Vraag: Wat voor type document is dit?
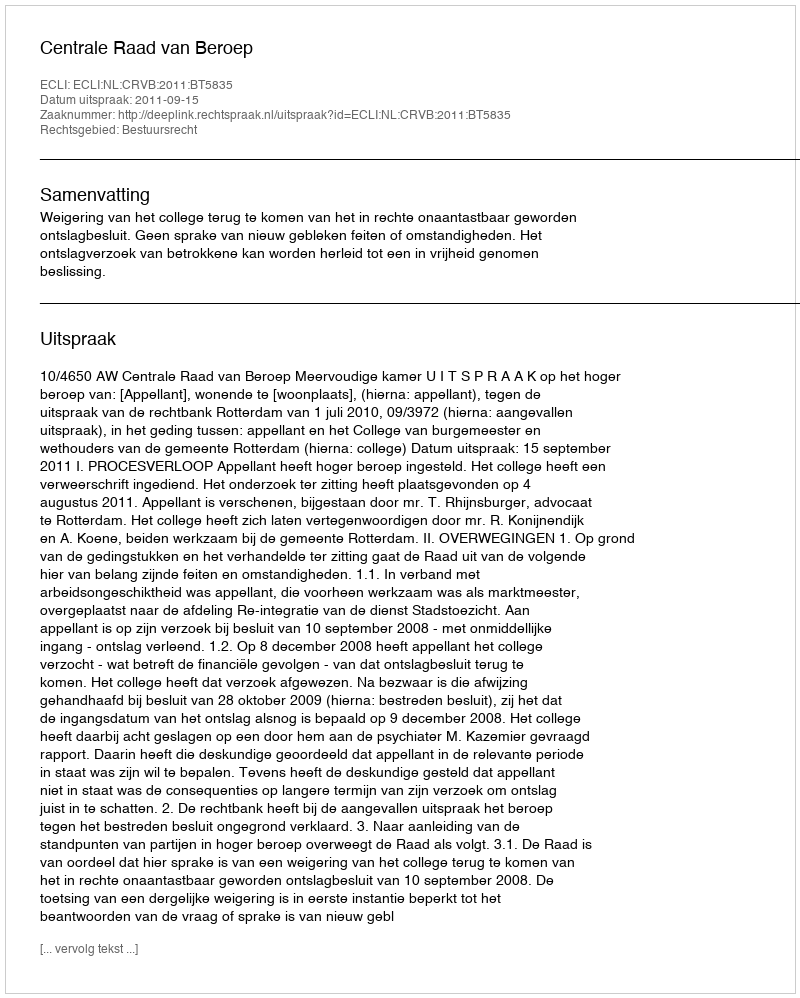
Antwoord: Uitspraak